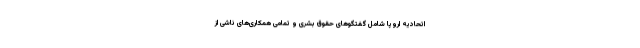
اتحادیه اروپا شامل گفتگو‌های حقوق بشری و تمامی همکاری‌های ناشی از